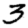
Digit: 3